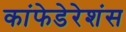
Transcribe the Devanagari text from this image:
कांफेडेरेशंस